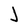
Character: J